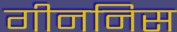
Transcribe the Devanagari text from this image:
गीननिस